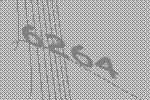
6264